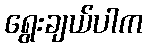
ရွေးချယ်ပါက